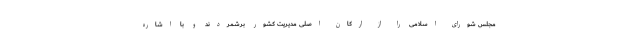
مجلس شورای اسلامی را از ارکان اصلی مدیریت کشور برشمردند و با اشاره